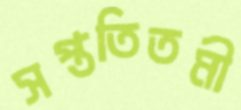
সপ্ততিতমী